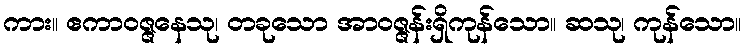
ကား။ ဧကာဝဇ္ဇနေသု၊ တခုသော အာဝဇ္ဇန်းရှိကုန်သော။ ဆသု၊ ကုန်သော။